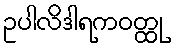
ဥပါလိဒါရကဝတ္ထု